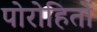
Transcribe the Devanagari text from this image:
पोरोहितों